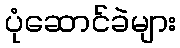
ပုံဆောင်ခဲများ